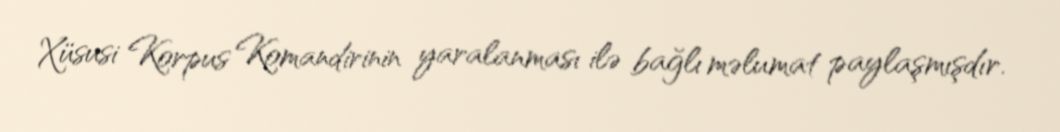
Xüsusi Korpus Komandirinin yaralanması ilə bağlı məlumat paylaşmışdır.